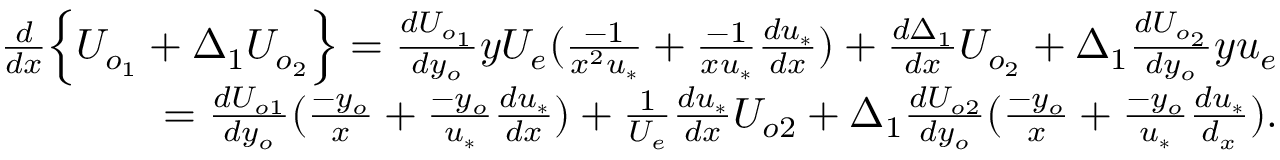
\begin{array} { r } { \frac { d } { d x } \Big \{ U _ { o _ { 1 } } + \Delta _ { 1 } U _ { o _ { 2 } } \Big \} = \frac { d U _ { o _ { 1 } } } { d y _ { o } } y U _ { e } ( \frac { - 1 } { x ^ { 2 } u _ { * } } + \frac { - 1 } { x u _ { * } } \frac { d u _ { * } } { d x } ) + \frac { d \Delta _ { 1 } } { d x } U _ { o _ { 2 } } + \Delta _ { 1 } \frac { d U _ { o _ { 2 } } } { d y _ { o } } y u _ { e } } \\ { = \frac { d U _ { o 1 } } { d y _ { o } } ( \frac { - y _ { o } } { x } + \frac { - y _ { o } } { u _ { * } } \frac { d u _ { * } } { d x } ) + \frac { 1 } { U _ { e } } \frac { d u _ { * } } { d x } U _ { o 2 } + \Delta _ { 1 } \frac { d U _ { o 2 } } { d y _ { o } } ( \frac { - y _ { o } } { x } + \frac { - y _ { o } } { u _ { * } } \frac { d u _ { * } } { d _ { x } } ) . } \end{array}